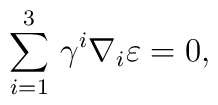
\sum^3_{i=1}\,\gamma^i\nabla_i\varepsilon=0,